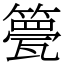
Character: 䉚